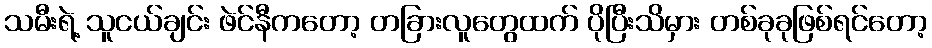
သမီးရဲ့ သူငယ်ချင်း ဖဲင်နီကတော့ တခြားလူတွေထက် ပိုပြီးသိမှား တစ်ခုခုဖြစ်ရင်တော့